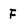
Character: F